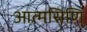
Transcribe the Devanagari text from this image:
आत्मसिणि्